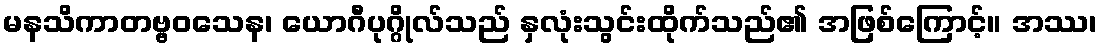
မနသိကာတဗ္ဗဝသေန၊ ယောဂီပုဂ္ဂိုလ်သည် နှလုံးသွင်းထိုက်သည်၏ အဖြစ်ကြောင့်။ အဿ၊